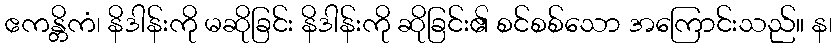
ဧကန္တိကံ၊ နိဒါန်းကို မဆိုခြင်း နိဒါန်းကို ဆိုခြင်း၏ စင်စစ်သော အကြောင်းသည်။ န၊